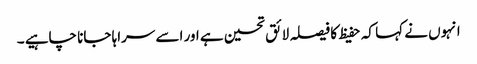
انہوں نے کہا کہ حفیظ کا فیصلہ لائق تحسین ہے اور اسے سراہا جانا چاہیے ۔